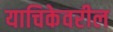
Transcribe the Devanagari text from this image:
याचिकेवरील